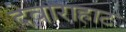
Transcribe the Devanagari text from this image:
देवाराहाट